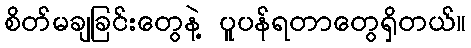
စိတ်မချခြင်းတွေနဲ့ ပူပန်ရတာတွေရှိတယ်။